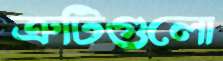
ত্রুটিগুলো